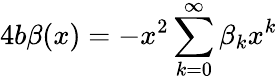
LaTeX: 4b\beta(x)=-x^{2}\sum_{k=0}^{\infty}\beta_{k}x^{k}